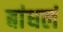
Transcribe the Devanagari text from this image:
बांधलं